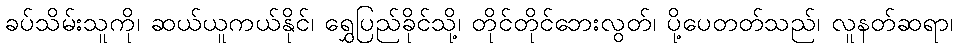
ခပ်သိမ်းသူကို၊ ဆယ်ယူကယ်နိုင်၊ ရွှေပြည်ခိုင်သို့၊ တိုင်တိုင်ဘေးလွတ်၊ ပို့ပေတတ်သည်၊ လူနတ်ဆရာ၊